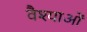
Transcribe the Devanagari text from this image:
वैश्याओं